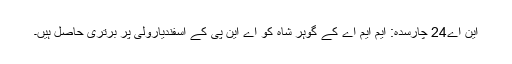
این اے24 چارسدہ: ایم ایم اے کے گوہر شاہ کو اے این پی کے اسفندیارولی پر برتری حاصل ہیں۔